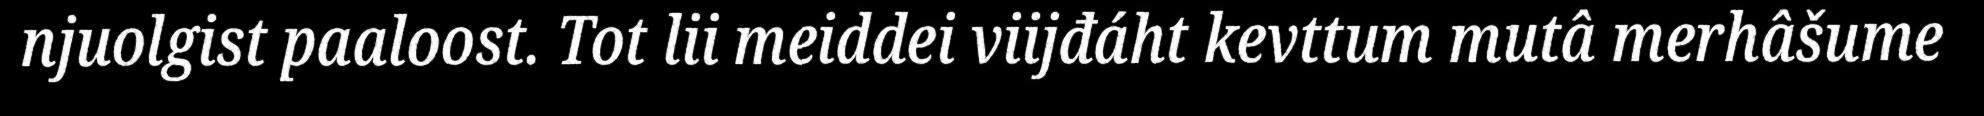
njuolgist paaloost. Tot lii meiddei viijđáht kevttum mutâ merhâšume